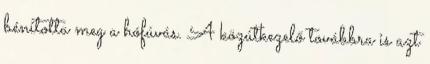
bénította meg a hófúvás. A közútkezelő továbbra is azt